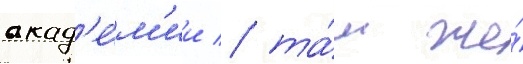
акад'е́м'ии / та́м же́